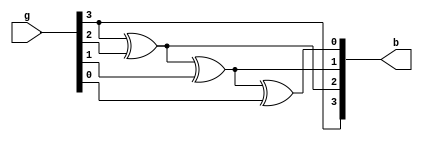
module gray_bin(g,b);
input [3:0]g;
output [3:0]b;
assign b[3]=g[3];
assign b[2]=b[3]^g[2];
assign b[1]=b[2]^g[1];
assign b[0]=b[1]^g[0];
endmodule

module gray_bin_tb;
wire [3:0]b;
reg [3:0]g;
gray_bin g1(g,b);
initial
begin
#10 g=4'b0010;
#10 g=4'b0110;
end
endmodule